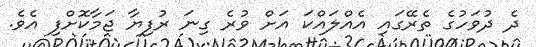
ދެ ދުވަހުގެ ތެރޭގައި އެއްލައްކަ އަށް ވުރެ ގިނަ ރުފިޔާ ޖަމާކޮށްފި އެވެ.